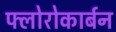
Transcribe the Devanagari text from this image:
फ्लोरोकार्बन